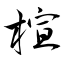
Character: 楦